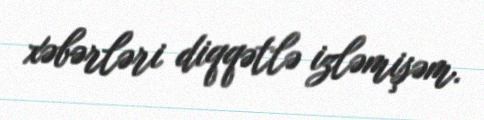
xəbərləri diqqətlə izləmişəm.